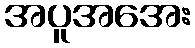
အပူအအေး